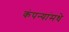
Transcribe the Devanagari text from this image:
कंपन्यांमधे